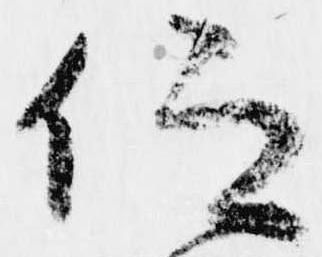
仰